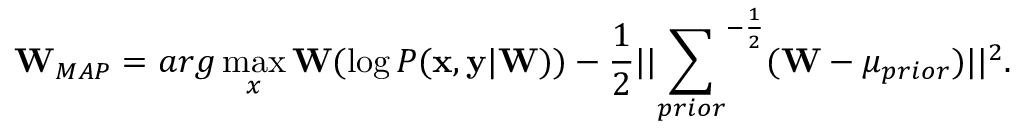
\mathbf { W } _ { { M A P } } = a r g \operatorname* { m a x } _ { x } { \mathbf { W } } ( \log P ( { \mathbf { x } } , { \mathbf { y } } | \mathbf { W } ) ) - \frac { 1 } { 2 } | | { \sum _ { p r i o r } } ^ { - \frac { 1 } { 2 } } ( \mathbf { W } - \mu _ { p r i o r } ) | | ^ { 2 } .